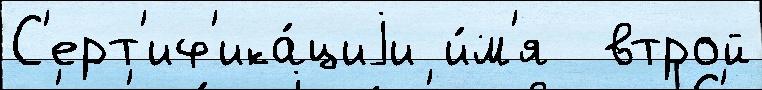
С'ерт'иф'ика́циjи и́м'я  втрой